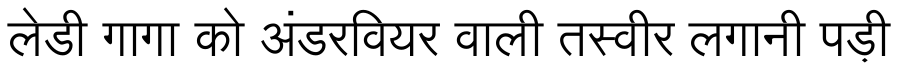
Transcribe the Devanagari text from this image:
लेडी गागा को अंडरवियर वाली तस्वीर लगानी पड़ी